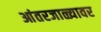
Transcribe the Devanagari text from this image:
आंतरजाळ्यावर